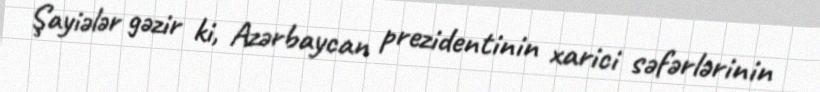
Şayiələr gəzir ki, Azərbaycan prezidentinin xarici səfərlərinin